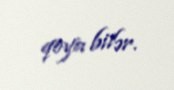
qoya bilər.